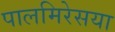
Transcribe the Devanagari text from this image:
पालमिरेसया